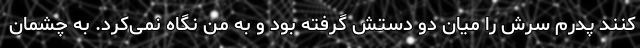
کنند پدرم سرش را میان دو دستش گرفته بود و به من نگاه نمی‌کرد. به چشمان